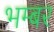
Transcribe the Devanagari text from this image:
भम्बर